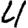
Digit: 4